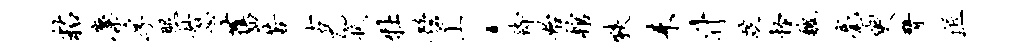
粘麋孚照具忽旧苦古乙拭牡髫上，待始棺狭耒升跣怪魏毫臾臂匠